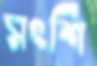
সংশি